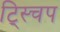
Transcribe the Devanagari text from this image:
ट्स्चिप